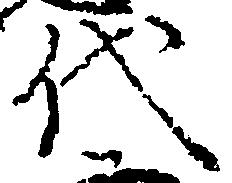
代